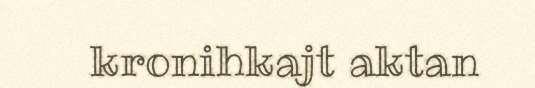
kronihkajt aktan